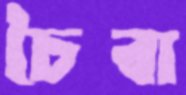
চৈবা